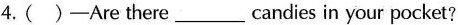
4.( )-Are there ___ candies in your pocket?